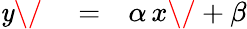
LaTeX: \begin{array}{rlr}{{\mathit y\/ }}&{{}=}&{\alpha{\mathit\, x\/ }+\beta}\end{array}